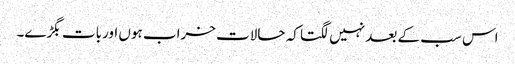
اس سب کے بعد نہیں لگتا کہ حالات خراب ہوں اوربات بگڑے۔